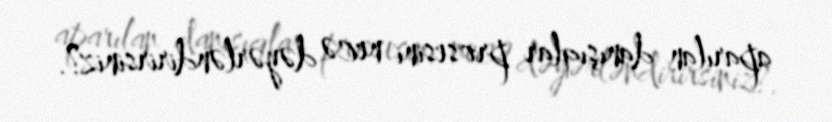
aparılan danışıqlar prosesini necə dəyərləndirirsiniz?.